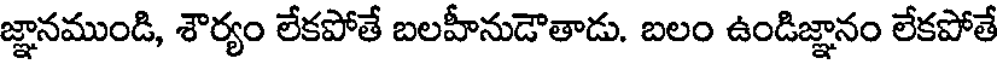
జ్ఞానముండి, శౌర్యం లేకపోతే బలహీనుడౌతాడు. బలం ఉండిజ్ఞానం లేకపోతే